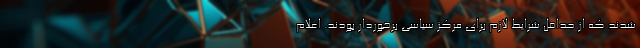
شدند که از حداقل شرایط لازم برای مرکز سیاسی برخوردار بودند. اعلام